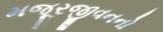
મજૂરજીવનનો